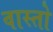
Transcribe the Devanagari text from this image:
वास्तो